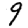
Digit: 9